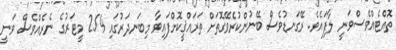
ތޮއްޓެއްވެސްވަނީ ލާފައެވެ. ރޭގަނޑުވެސް ބޭނުންކުރެވޭގޮތަށް ތަރައްޤީކޮށްފައިވާ މިބަނދަރުގައި 254 މީޓަރުގެ ނެރެއްވެސް ވަނީ